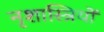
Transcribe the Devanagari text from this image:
नृशास्त्रियों